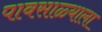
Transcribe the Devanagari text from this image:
पावसाळ्याला